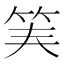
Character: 𥬟